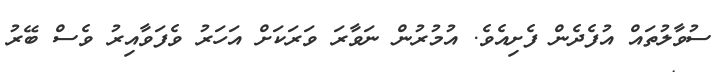
ސުވާލުތައް އުފެދެން ފެށިއެވެ. އުމުރުން ނަވާރަ ވަރަކަށް އަހަރު ވެފަވާއިރު ވެސް ބޭރު